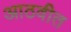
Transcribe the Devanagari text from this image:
आठवीत